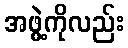
အဖွဲ့ကိုလည်း